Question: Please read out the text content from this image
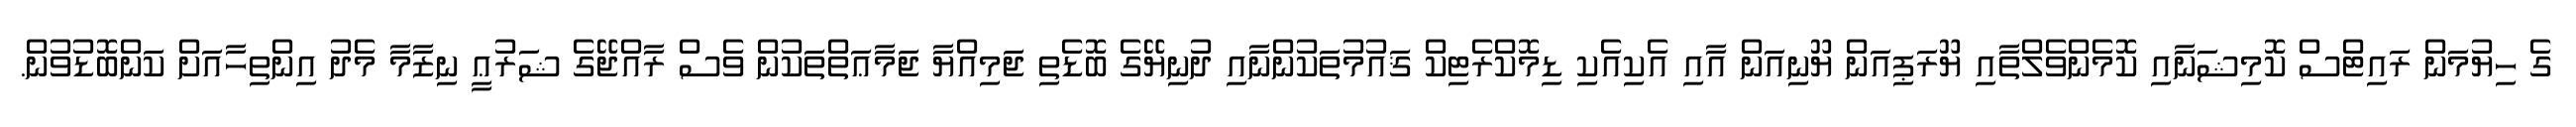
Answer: ގެ ހިޔުމަން ރައިޓްސް ކޮމިޝަނާއި ކޮމެންވެލްތާއި ޔޫރަޕިއަން ޔޫނިއަން އާއި އެކިއެކި ޑިމޮކްރެޓިކް ޤައުމުތަކުންނާއި ދުނިޔޭގެ ބޮޑެތި ޖަމިއްޔާ ޖަމާޢަތްތަކުން ވެސް ރާއްޖޭގެ ޝަރުޢީ ނިޒާމާ މެދު އިންތިހާއަށް ކަންބޮޑުވުން.